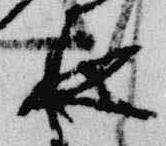
夜